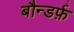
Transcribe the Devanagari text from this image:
बौन्डर्फ़